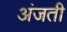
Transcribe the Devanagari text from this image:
अंजती